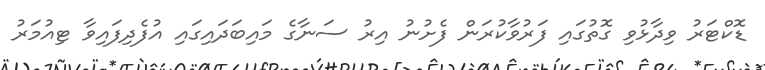
ޑޮކްޓަރު ވިދާޅުވި ގޮތުގައި ފަރުވާކުރަން ފެށުނު އިރު ސަނާގެ މައިބަދައިގައި އުފެދިފައިވާ ޓިއުމަރު